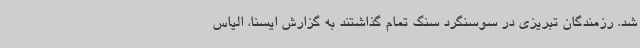
شد. رزمندگان تبریزی در سوسنگرد سنگ تمام گذاشتند به گزارش ایسنا، الیاس